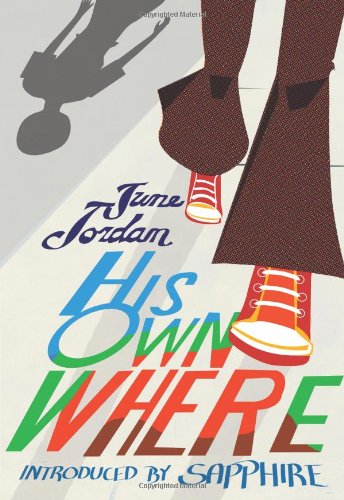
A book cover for His Own Where (Contemporary Classics); June Jordan; Teen & Young Adult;